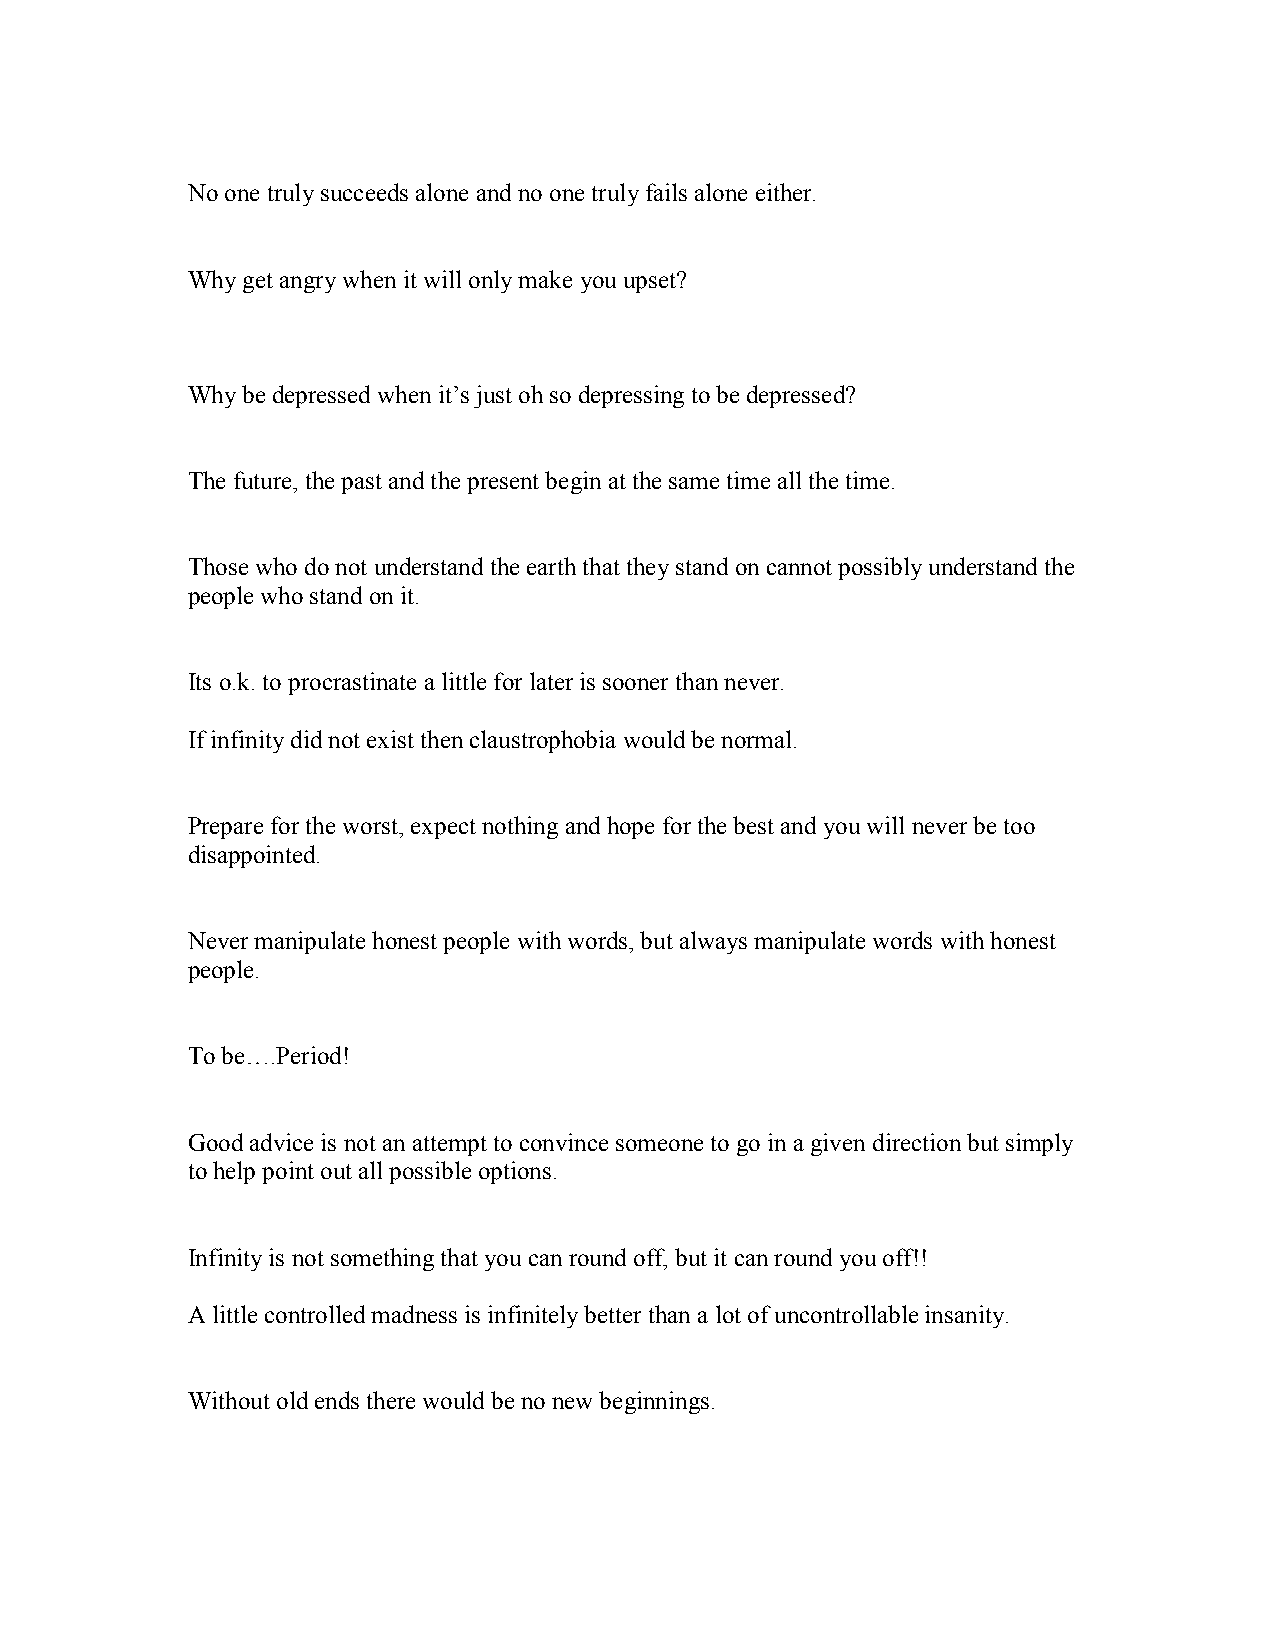
No one truly succeeds alone and no one truly fails alone either.
 Why get angry when it will only make you upset?
 Why be depressed when it’s just oh so depressing to be depressed?
 The future, the past and the present begin at the same time all the time.
 Those who do not understand the earth that they stand on cannot possibly understand the
 people who stand on it.
 Its o.k. to procrastinate a little for later is sooner than never.
 If infinity did not exist then claustrophobia would be normal.
 Prepare for the worst, expect nothing and hope for the best and you will never be too
 disappointed.
 Never manipulate honest people with words, but always manipulate words with honest
 people.
 To be….Period!
 Good advice is not an attempt to convince someone to go in a given direction but simply
 to help point out all possible options.
 Infinity is not something that you can round off, but it can round you off!!
 A little controlled madness is infinitely better than a lot of uncontrollable insanity.
 Without old ends there would be no new beginnings.